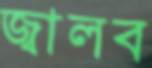
জ্বালব